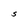
Character: S